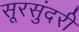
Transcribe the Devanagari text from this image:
सूरसुंदरी